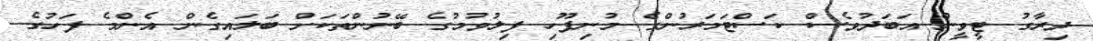
ދިރާގު ޓީވީން އަބަދުވެސް ކަސްޓަމަރުންގެ މުނިފޫހި ފިލުވުމުގެ ބޭނުންތަކަށް ބަލައިގެން އެންމެ ފަހުގެ